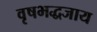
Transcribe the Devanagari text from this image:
वृषभद्धजाय